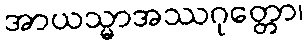
အာယသ္မာအဿဂုတ္တော၊